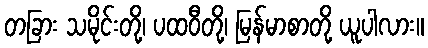
တခြား သမိုင်းတို့၊ ပထဝီတို့၊ မြန်မာစာတို့ ယူပါလား။